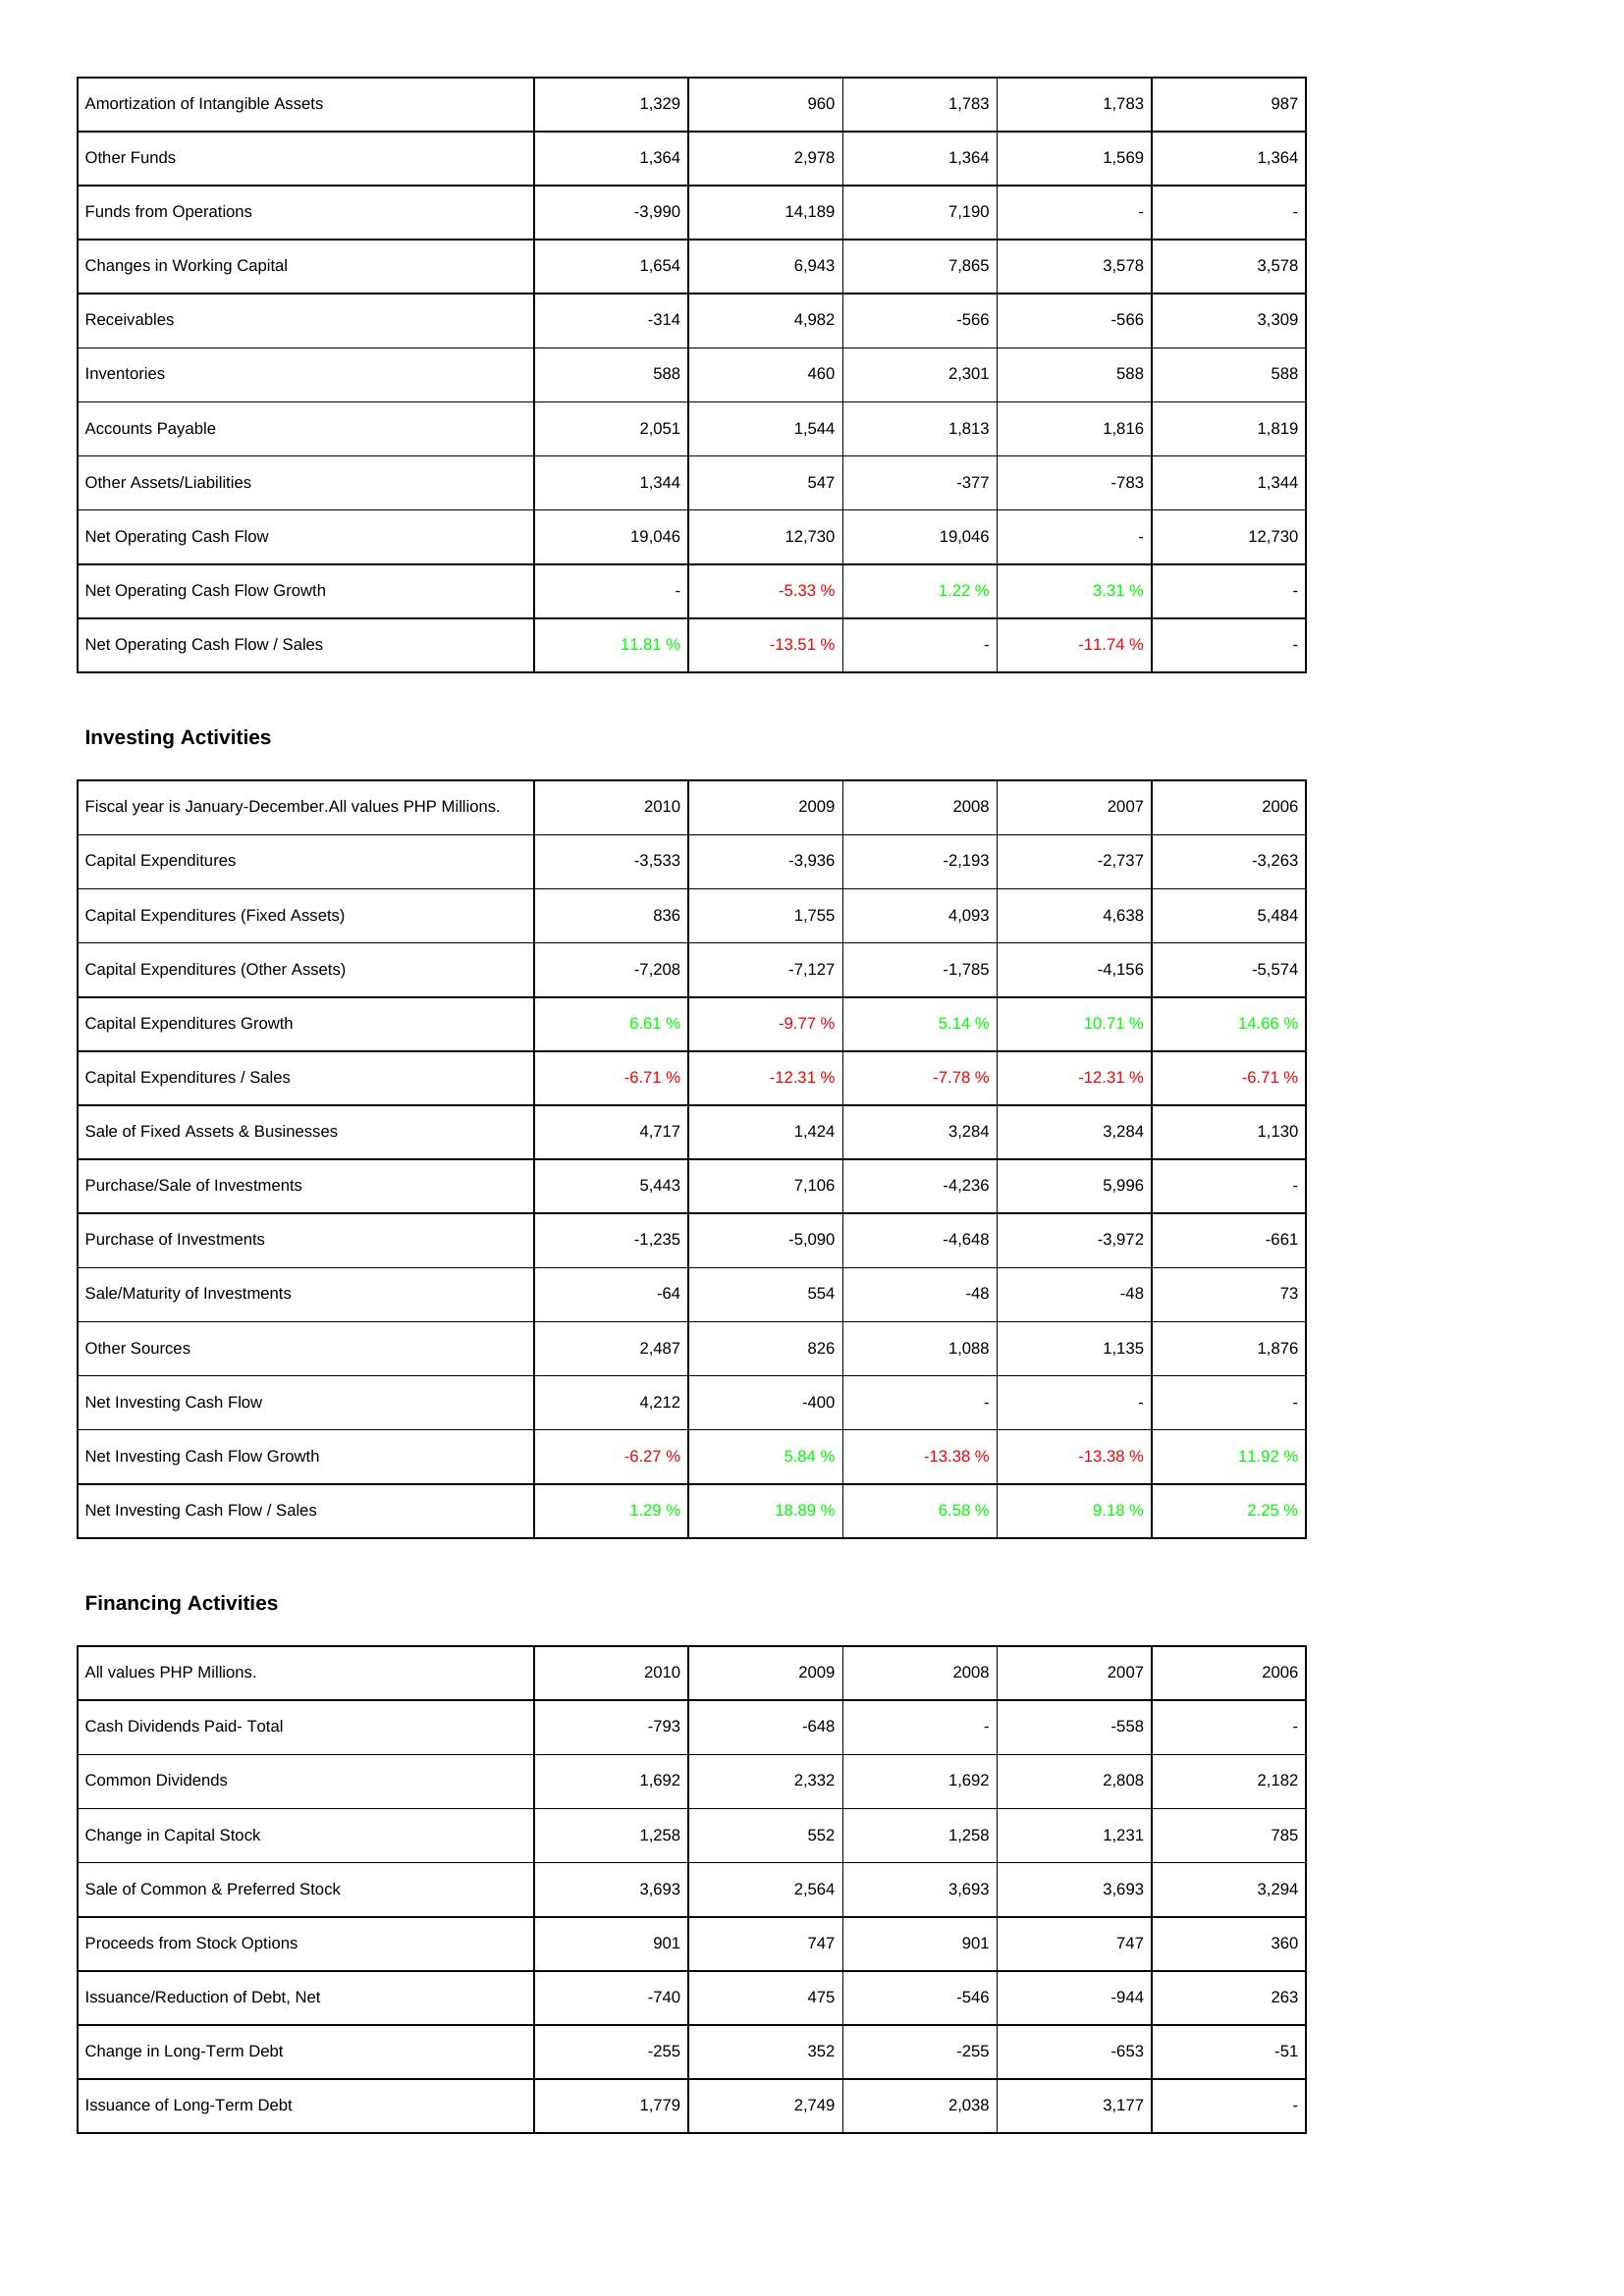
2010: Operating Activities: Amortization of Intangible Assets: 1,329
Other Funds: 1,364
Funds from Operations: -3,990
Changes in Working Capital: 1,654
Receivables: -314
Inventories: 588
Accounts Payable: 2,051
Other Assets/Liabilities: 1,344
Net Operating Cash Flow: 19,046
Net Operating Cash Flow Growth: -
Net Operating Cash Flow / Sales: 11.81 %
Investing Activities: Capital Expenditures: -3,533
Capital Expenditures (Fixed Assets): 836
Capital Expenditures (Other Assets): -7,208
Capital Expenditures Growth: 6.61 %
Capital Expenditures / Sales: -6.71 %
Sale of Fixed Assets & Businesses: 4,717
Purchase/Sale of Investments: 5,443
Purchase of Investments: -1,235
Sale/Maturity of Investments: -64
Other Sources: 2,487
Net Investing Cash Flow: 4,212
Net Investing Cash Flow Growth: -6.27 %
Net Investing Cash Flow / Sales: 1.29 %
Financing Activities: Cash Dividends Paid- Total: -793
Common Dividends: 1,692
Change in Capital Stock: 1,258
Sale of Common & Preferred Stock: 3,693
Proceeds from Stock Options: 901
Issuance/Reduction of Debt, Net: -740
Change in Long-Term Debt: -255
Issuance of Long-Term Debt: 1,779
2009: Operating Activities: Amortization of Intangible Assets: 960
Other Funds: 2,978
Funds from Operations: 14,189
Changes in Working Capital: 6,943
Receivables: 4,982
Inventories: 460
Accounts Payable: 1,544
Other Assets/Liabilities: 547
Net Operating Cash Flow: 12,730
Net Operating Cash Flow Growth: -5.33 %
Net Operating Cash Flow / Sales: -13.51 %
Investing Activities: Capital Expenditures: -3,936
Capital Expenditures (Fixed Assets): 1,755
Capital Expenditures (Other Assets): -7,127
Capital Expenditures Growth: -9.77 %
Capital Expenditures / Sales: -12.31 %
Sale of Fixed Assets & Businesses: 1,424
Purchase/Sale of Investments: 7,106
Purchase of Investments: -5,090
Sale/Maturity of Investments: 554
Other Sources: 826
Net Investing Cash Flow: -400
Net Investing Cash Flow Growth: 5.84 %
Net Investing Cash Flow / Sales: 18.89 %
Financing Activities: Cash Dividends Paid- Total: -648
Common Dividends: 2,332
Change in Capital Stock: 552
Sale of Common & Preferred Stock: 2,564
Proceeds from Stock Options: 747
Issuance/Reduction of Debt, Net: 475
Change in Long-Term Debt: 352
Issuance of Long-Term Debt: 2,749
2008: Operating Activities: Amortization of Intangible Assets: 1,783
Other Funds: 1,364
Funds from Operations: 7,190
Changes in Working Capital: 7,865
Receivables: -566
Inventories: 2,301
Accounts Payable: 1,813
Other Assets/Liabilities: -377
Net Operating Cash Flow: 19,046
Net Operating Cash Flow Growth: 1.22 %
Net Operating Cash Flow / Sales: -
Investing Activities: Capital Expenditures: -2,193
Capital Expenditures (Fixed Assets): 4,093
Capital Expenditures (Other Assets): -1,785
Capital Expenditures Growth: 5.14 %
Capital Expenditures / Sales: -7.78 %
Sale of Fixed Assets & Businesses: 3,284
Purchase/Sale of Investments: -4,236
Purchase of Investments: -4,648
Sale/Maturity of Investments: -48
Other Sources: 1,088
Net Investing Cash Flow: -
Net Investing Cash Flow Growth: -13.38 %
Net Investing Cash Flow / Sales: 6.58 %
Financing Activities: Cash Dividends Paid- Total: -
Common Dividends: 1,692
Change in Capital Stock: 1,258
Sale of Common & Preferred Stock: 3,693
Proceeds from Stock Options: 901
Issuance/Reduction of Debt, Net: -546
Change in Long-Term Debt: -255
Issuance of Long-Term Debt: 2,038
2007: Operating Activities: Amortization of Intangible Assets: 1,783
Other Funds: 1,569
Funds from Operations: -
Changes in Working Capital: 3,578
Receivables: -566
Inventories: 588
Accounts Payable: 1,816
Other Assets/Liabilities: -783
Net Operating Cash Flow: -
Net Operating Cash Flow Growth: 3.31 %
Net Operating Cash Flow / Sales: -11.74 %
Investing Activities: Capital Expenditures: -2,737
Capital Expenditures (Fixed Assets): 4,638
Capital Expenditures (Other Assets): -4,156
Capital Expenditures Growth: 10.71 %
Capital Expenditures / Sales: -12.31 %
Sale of Fixed Assets & Businesses: 3,284
Purchase/Sale of Investments: 5,996
Purchase of Investments: -3,972
Sale/Maturity of Investments: -48
Other Sources: 1,135
Net Investing Cash Flow: -
Net Investing Cash Flow Growth: -13.38 %
Net Investing Cash Flow / Sales: 9.18 %
Financing Activities: Cash Dividends Paid- Total: -558
Common Dividends: 2,808
Change in Capital Stock: 1,231
Sale of Common & Preferred Stock: 3,693
Proceeds from Stock Options: 747
Issuance/Reduction of Debt, Net: -944
Change in Long-Term Debt: -653
Issuance of Long-Term Debt: 3,177
2006: Operating Activities: Amortization of Intangible Assets: 987
Other Funds: 1,364
Funds from Operations: -
Changes in Working Capital: 3,578
Receivables: 3,309
Inventories: 588
Accounts Payable: 1,819
Other Assets/Liabilities: 1,344
Net Operating Cash Flow: 12,730
Net Operating Cash Flow Growth: -
Net Operating Cash Flow / Sales: -
Investing Activities: Capital Expenditures: -3,263
Capital Expenditures (Fixed Assets): 5,484
Capital Expenditures (Other Assets): -5,574
Capital Expenditures Growth: 14.66 %
Capital Expenditures / Sales: -6.71 %
Sale of Fixed Assets & Businesses: 1,130
Purchase/Sale of Investments: -
Purchase of Investments: -661
Sale/Maturity of Investments: 73
Other Sources: 1,876
Net Investing Cash Flow: -
Net Investing Cash Flow Growth: 11.92 %
Net Investing Cash Flow / Sales: 2.25 %
Financing Activities: Cash Dividends Paid- Total: -
Common Dividends: 2,182
Change in Capital Stock: 785
Sale of Common & Preferred Stock: 3,294
Proceeds from Stock Options: 360
Issuance/Reduction of Debt, Net: 263
Change in Long-Term Debt: -51
Issuance of Long-Term Debt: -